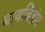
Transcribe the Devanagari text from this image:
बायबिडंग